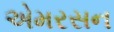
એમરસન